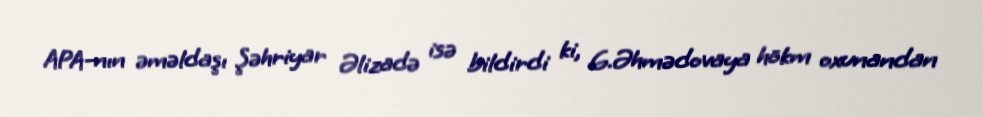
APA-nın əməldaşı Şəhriyar Əlizadə isə bildirdi ki, G.Əhmədovaya hökm oxunandan